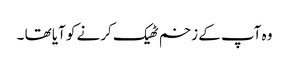
وہ آپ کے زخم ٹھیک کرنے کو آیا تھا ۔